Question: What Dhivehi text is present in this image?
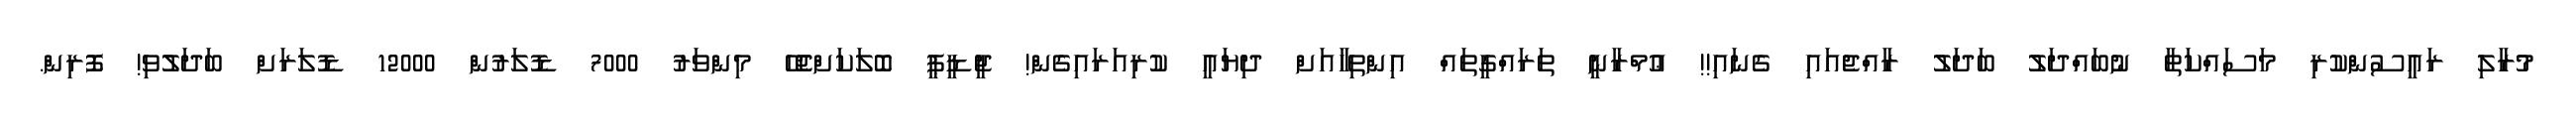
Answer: މުރާލި ރައީސުންކުރި މަސައްކަތާ ނުބައްދަލު ބަދަލު ރާއްޖެއައި ގެނައި!! ޢުމްރާނީ ތަރައްގީތައް އިންތިހާއަށް ދިޔައީ ކުރިއަރައިގެން! ޖީޑީޕީ ބޮލަކަށްޖެހޭ މިންވަރު 7000 ޑޮލަރުން 12000 ޑޮލަރަށް ބަދަލުވި! ފޮރިން.